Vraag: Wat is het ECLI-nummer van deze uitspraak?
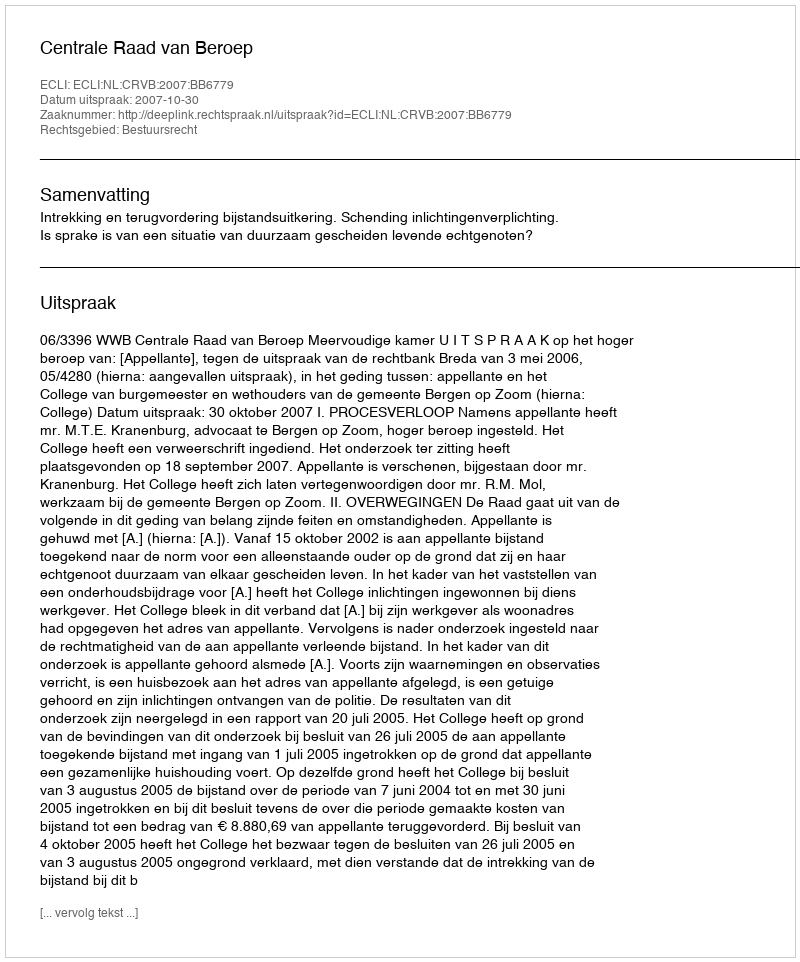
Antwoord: ECLI:NL:CRVB:2007:BB6779